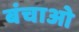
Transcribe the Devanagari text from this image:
बंचाओ